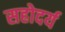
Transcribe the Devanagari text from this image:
सहोदर्य